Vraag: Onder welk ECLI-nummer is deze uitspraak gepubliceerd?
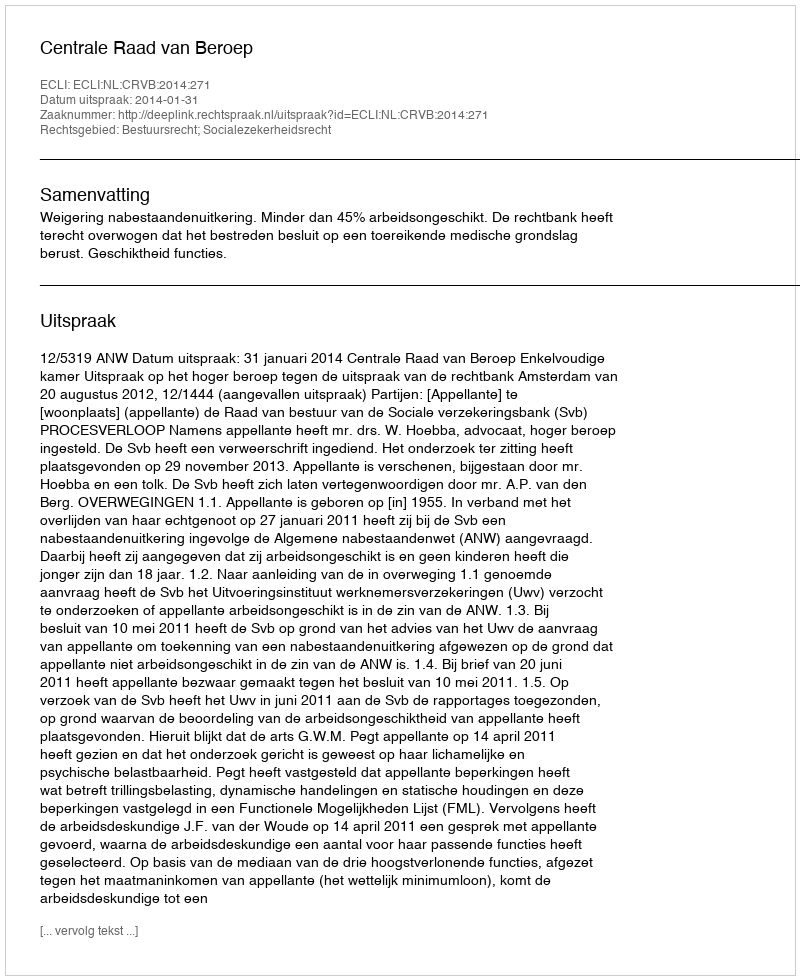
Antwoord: ECLI:NL:CRVB:2014:271